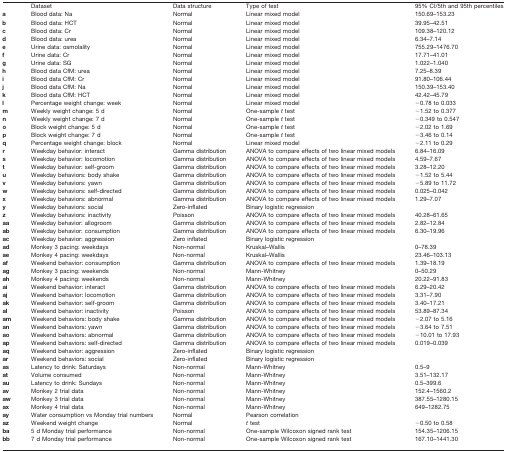
<table><thead><tr><td></td><td><b>Dataset</b></td><td><b>Data structure</b></td><td><b>Type of test</b></td><td><b>95% CI/5th and 95th percentiles</b></td></tr></thead><tbody><tr><td><b>a</b></td><td>Blood data: Na</td><td>Normal</td><td>Linear mixed model</td><td>150.69–153.23</td></tr><tr><td><b>b</b></td><td>Blood data: HCT</td><td>Normal</td><td>Linear mixed model</td><td>39.95–42.51</td></tr><tr><td><b>c</b></td><td>Blood data: Cr</td><td>Normal</td><td>Linear mixed model</td><td>109.38–120.12</td></tr><tr><td><b>d</b></td><td>Blood data: urea</td><td>Normal</td><td>Linear mixed model</td><td>6.34–7.14</td></tr><tr><td><b>e</b></td><td>Urine data: osmolality</td><td>Normal</td><td>Linear mixed model</td><td>755.29–1476.70</td></tr><tr><td><b>f</b></td><td>Urine data: Cr</td><td>Normal</td><td>Linear mixed model</td><td>17.71–41.01</td></tr><tr><td><b>g</b></td><td>Urine data: SG</td><td>Normal</td><td>Linear mixed model</td><td>1.022–1.040</td></tr><tr><td><b>h</b></td><td>Blood data CfM: urea</td><td>Normal</td><td>Linear mixed model</td><td>7.25–8.39</td></tr><tr><td><b>i</b></td><td>Blood data CfM: Cr</td><td>Normal</td><td>Linear mixed model</td><td>91.80–106.44</td></tr><tr><td><b>j</b></td><td>Blood data CfM: Na</td><td>Normal</td><td>Linear mixed model</td><td>150.39–153.40</td></tr><tr><td><b>k</b></td><td>Blood data CfM: HCT</td><td>Normal</td><td>Linear mixed model</td><td>42.42–45.79</td></tr><tr><td><b>l</b></td><td>Percentage weight change: week</td><td>Normal</td><td>Linear mixed model</td><td>−0.78 to 0.033</td></tr><tr><td><b>m</b></td><td>Weekly weight change: 5 d</td><td>Normal</td><td>One-sample <i>t</i> test</td><td>−1.52 to 0.377</td></tr><tr><td><b>n</b></td><td>Weekly weight change: 7 d</td><td>Normal</td><td>One-sample <i>t</i> test</td><td>−0.349 to 0.547</td></tr><tr><td><b>o</b></td><td>Block weight change: 5 d</td><td>Normal</td><td>One-sample <i>t</i> test</td><td>−2.02 to 1.69</td></tr><tr><td><b>p</b></td><td>Block weight change: 7 d</td><td>Normal</td><td>One-sample <i>t</i> test</td><td>−3.46 to 0.14</td></tr><tr><td><b>q</b></td><td>Percentage weight change: block</td><td>Normal</td><td>Linear mixed model</td><td>−2.11 to 0.29</td></tr><tr><td><b>r</b></td><td>Weekday behavior: interact</td><td>Gamma distribution</td><td>ANOVA to compare effects of two linear mixed models</td><td>6.84–16.09</td></tr><tr><td><b>s</b></td><td>Weekday behavior: locomotion</td><td>Gamma distribution</td><td>ANOVA to compare effects of two linear mixed models</td><td>4.59–7.67</td></tr><tr><td><b>t</b></td><td>Weekday behavior: self-groom</td><td>Gamma distribution</td><td>ANOVA to compare effects of two linear mixed models</td><td>3.28–12.20</td></tr><tr><td><b>u</b></td><td>Weekday behaviors: body shake</td><td>Gamma distribution</td><td>ANOVA to compare effects of two linear mixed models</td><td>−1.52 to 5.44</td></tr><tr><td><b>v</b></td><td>Weekday behaviors: yawn</td><td>Gamma distribution</td><td>ANOVA to compare effects of two linear mixed models</td><td>−5.89 to 11.72</td></tr><tr><td><b>w</b></td><td>Weekday behaviors: self-directed</td><td>Gamma distribution</td><td>ANOVA to compare effects of two linear mixed models</td><td>0.025–0.042</td></tr><tr><td><b>x</b></td><td>Weekday behaviors: abnormal</td><td>Gamma distribution</td><td>ANOVA to compare effects of two linear mixed models</td><td>1.29–7.07</td></tr><tr><td><b>y</b></td><td>Weekday behaviors: social</td><td>Zero-inflated</td><td>Binary logistic regression</td><td></td></tr><tr><td><b>z</b></td><td>Weekday behaviors: inactivity</td><td>Poisson</td><td>ANOVA to compare effects of two linear mixed models</td><td>40.28–61.65</td></tr><tr><td><b>aa</b></td><td>Weekday behavior: allogroom</td><td>Gamma distribution</td><td>ANOVA to compare effects of two linear mixed models</td><td>2.82–12.84</td></tr><tr><td><b>ab</b></td><td>Weekday behavior: consumption</td><td>Gamma distribution</td><td>ANOVA to compare effects of two linear mixed models</td><td>6.30–19.96</td></tr><tr><td><b>ac</b></td><td>Weekday behavior: aggression</td><td>Zero inflated</td><td>Binary logistic regression</td><td></td></tr><tr><td><b>ad</b></td><td>Monkey 3 pacing: weekdays</td><td>Non-normal</td><td>Kruskal–Wallis</td><td>0–78.39</td></tr><tr><td><b>ae</b></td><td>Monkey 4 pacing: weekdays</td><td>Non-normal</td><td>Kruskal–Wallis</td><td>23.46–103.13</td></tr><tr><td><b>af</b></td><td>Weekend behavior: consumption</td><td>Gamma distribution</td><td>ANOVA to compare effects of two linear mixed models</td><td>1.39–18.19</td></tr><tr><td><b>ag</b></td><td>Monkey 3 pacing: weekends</td><td>Non-normal</td><td>Mann-Whitney</td><td>0–50.29</td></tr><tr><td><b>ah</b></td><td>Monkey 4 pacing: weekends</td><td>Non-normal</td><td>Mann-Whitney</td><td>20.22–91.83</td></tr><tr><td><b>ai</b></td><td>Weekend behavior: interact</td><td>Gamma distribution</td><td>ANOVA to compare effects of two linear mixed models</td><td>6.29–20.42</td></tr><tr><td><b>aj</b></td><td>Weekend behavior: locomotion</td><td>Gamma distribution</td><td>ANOVA to compare effects of two linear mixed models</td><td>3.31–7.90</td></tr><tr><td><b>ak</b></td><td>Weekend behavior: self-groom</td><td>Gamma distribution</td><td>ANOVA to compare effects of two linear mixed models</td><td>3.40–17.21</td></tr><tr><td><b>al</b></td><td>Weekend behavior: inactivity</td><td>Poisson</td><td>ANOVA to compare effects of two linear mixed models</td><td>53.89–87.34</td></tr><tr><td><b>am</b></td><td>Weekend behaviors: body shake</td><td>Gamma distribution</td><td>ANOVA to compare effects of two linear mixed models</td><td>−2.07 to 5.16</td></tr><tr><td><b>an</b></td><td>Weekend behaviors: yawn</td><td>Gamma distribution</td><td>ANOVA to compare effects of two linear mixed models</td><td>−3.64 to 7.51</td></tr><tr><td><b>ao</b></td><td>Weekend behaviors: abnormal</td><td>Gamma distribution</td><td>ANOVA to compare effects of two linear mixed models</td><td>−10.01 to 17.93</td></tr><tr><td><b>ap</b></td><td>Weekend behaviors: self-directed</td><td>Gamma distribution</td><td>ANOVA to compare effects of two linear mixed models</td><td>0.019–0.039</td></tr><tr><td><b>aq</b></td><td>Weekend behavior: aggression</td><td>Zero-inflated</td><td>Binary logistic regression</td><td></td></tr><tr><td><b>ar</b></td><td>Weekend behaviors: social</td><td>Zero-inflated</td><td>Binary logistic regression</td><td></td></tr><tr><td><b>as</b></td><td>Latency to drink: Saturdays</td><td>Non-normal</td><td>Mann-Whitney</td><td>0.5–9</td></tr><tr><td><b>at</b></td><td>Volume consumed</td><td>Non-normal</td><td>Mann-Whitney</td><td>3.51–132.17</td></tr><tr><td><b>au</b></td><td>Latency to drink: Sundays</td><td>Non-normal</td><td>Mann-Whitney</td><td>0.5–399.6</td></tr><tr><td><b>av</b></td><td>Monkey 2 trial data</td><td>Non-normal</td><td>Mann-Whitney</td><td>152.4–1560.2</td></tr><tr><td><b>aw</b></td><td>Monkey 3 trial data</td><td>Non-normal</td><td>Mann-Whitney</td><td>387.55–1280.15</td></tr><tr><td><b>ax</b></td><td>Monkey 4 trial data</td><td>Non-normal</td><td>Mann-Whitney</td><td>649–1282.75</td></tr><tr><td><b>ay</b></td><td>Water consumption vs Monday trial numbers</td><td>Normal</td><td>Pearson correlation</td><td></td></tr><tr><td><b>az</b></td><td>Weekend weight change</td><td>Normal</td><td><i>t</i> test</td><td>−0.50 to 0.58</td></tr><tr><td><b>ba</b></td><td>5 d Monday trial performance</td><td>Non-normal</td><td>One-sample Wilcoxon signed rank test</td><td>154.35–1206.15</td></tr><tr><td><b>bb</b></td><td>7 d Monday trial performance</td><td>Non-normal</td><td>One-sample Wilcoxon signed rank test</td><td>167.10–1441.30</td></tr></tbody></table>